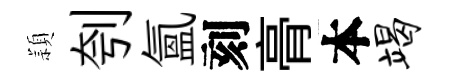
頴刳氲刻𮌔本竭